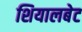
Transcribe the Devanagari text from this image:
शियालबेट